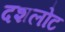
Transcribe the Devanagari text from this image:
दशलोट